Annual administration report of the Civil Veterinary Department of India - 1897-1898
Year: 1897
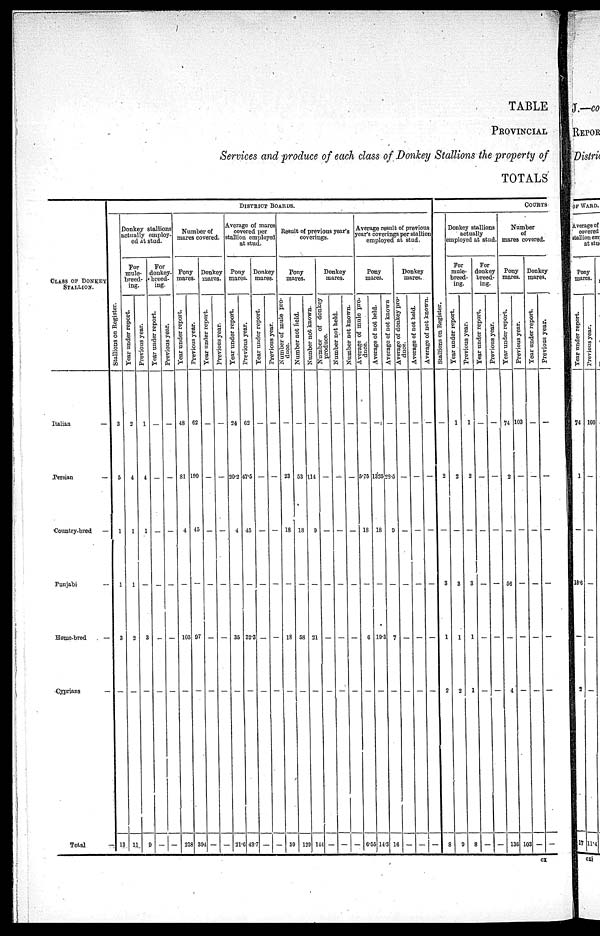
TABLE
PROVINCIAL
Services and produce of each class of Donkey Stallions the property of
TOTALS
CLASS OF DONKEY
STALLION.
Italian
—
Persian
—
Country-bred
—
Punjabi
—
Home-bred
—
Cyprians —
Total —
DISTRICT BOARDS.
Stallions on Register.
3
5
1
1
3
—
13
Donkey stallions
actually employ-
ed at stud.
For
mule-
breed-
ing.
Year
under report.
2
4
1
1
2
—
11
Previous year.
1
4
1
—
3
—
9
For
donkey-
breed-
ing.
Year under report.
—
—
—
—
—
—
—
Previous year.
—
—
—
—
—
—
—
Number of
mares
covered.
Pony
mares.
Year under report.
48
81
4
—
103
—
238
Previous year.
62
190
45
—
97
—
394
Donkey
mares.
Year under report.
—
—
—
—
—
—
—
Previous year.
—
—
—
—
—
—
—
Average of mares
covered per
stallion employed
at stud.
Pony
mares.
Year under report.
24
20.2
4
—
35
—
21.0
Previous year.
62
47.5
45
—
32.3
—
43.7
Donkey
mares.
Year under report.
—
—
—
—
—
—
—
Previous year.
—
—
—
—
—
—
—
Result of previous year's
coverings.
Pony
mares.
Number of mule pro-
duce.
—
23
18
—
18
—
59
Number not field.
—
53
18
—
58
—
129
Number not known.
—
114
9
—
21
—
144
Donkey
mares.
Number of donkey
produce.
—
—
—
—
—
—
—
Number
not held.
—
—
—
—
—
—
—
Number not known.
—
—
—
—
—
—
—
Average result of previous
year's coverings per stallion
employed at stud.
Pony
mares.
Average of donkey
duce.
—
5.75
18
—
6
—
6.53
Average of not held.
—
1325
18
—
19.3
—
14.3
Average of not known
—
28.5
9
—
7
—
16
Donkey
mares.
Average of donkey pro-
duce.
—
—
—
—
—
—
—
Average of not held.
—
—
—
—
—
—
—
Average of not known.
—
—
—
—
—
—
—
COURTS
Stallions on Register.
—
2
—
3
1
2
8
Donkey stallions
actually
employed at stud.
For
mule-
breed-
ing.
Year under report.
1
2
—
3
1
2
9
Previous year.
1
2
—
3
1
1
8
For
donkey
breed-
ing.
Year under report.
—
—
—
—
—
—
—
Previous year.
—
—
—
—
—
—
—
Number
of
mares covered.
Pony
mares.
Year under report.
74
2
—
56
—
4
136
Previous year.
103
—
—
—
—
—
103
Donkey
mares.
Year under report.
—
—
—
—
—
—
—
Previous year.
—
—
—
—
—
—
—
cx